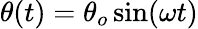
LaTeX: \theta(t)=\theta_{o}\sin(\omega t)